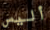
أليس